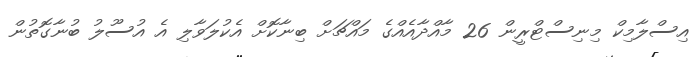
އިސްލާމިކް މިނިސްޓްރީން 26 މާއްދާއެއްގެ މައްޗަށް ބިނާކޮށް އެކުލަވާލި އެ އުސޫލު ބުނާގޮތުން